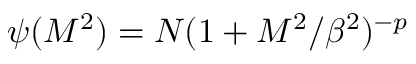
\psi ( { \cal M } ^ { 2 } ) = N ( 1 + { \cal M } ^ { 2 } / \beta ^ { 2 } ) ^ { - p }